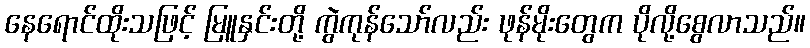
နေရောင်ထိုးသဖြင့် မြူနှင်းတို့ ကွဲကုန်သော်လည်း ဖုန်မိုးတွေက ပိုလို့စွေလာသည်။